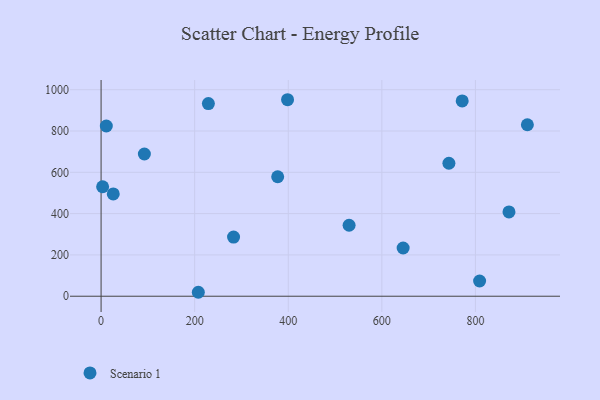
{"axis": {"x": "Speed", "y": "Rating"}, "legend": ["Scenario 1"], "data": [{"x": "530.0", "y": 343.7, "type": "Scenario 1"}, {"x": "911.0", "y": 830.2, "type": "Scenario 1"}, {"x": "26.0", "y": 495.4, "type": "Scenario 1"}, {"x": "377.4", "y": 578.6, "type": "Scenario 1"}, {"x": "743.3", "y": 643.8, "type": "Scenario 1"}, {"x": "398.5", "y": 951.5, "type": "Scenario 1"}, {"x": "92.5", "y": 688.6, "type": "Scenario 1"}, {"x": "11.2", "y": 824.2, "type": "Scenario 1"}, {"x": "283.1", "y": 286.2, "type": "Scenario 1"}, {"x": "3.3", "y": 530.2, "type": "Scenario 1"}, {"x": "207.8", "y": 19.1, "type": "Scenario 1"}, {"x": "871.7", "y": 408.1, "type": "Scenario 1"}, {"x": "771.7", "y": 945.7, "type": "Scenario 1"}, {"x": "645.5", "y": 233.5, "type": "Scenario 1"}, {"x": "229.3", "y": 932.8, "type": "Scenario 1"}, {"x": "808.9", "y": 73.6, "type": "Scenario 1"}]}